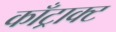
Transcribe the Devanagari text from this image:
काँट्राक्ट